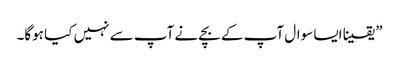
” یقینا ایسا سوال آپ کے بچے نے آپ سے نہیں کیا ہوگا۔